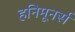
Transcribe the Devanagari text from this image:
हनिमूनर्स